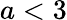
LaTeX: a<3